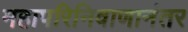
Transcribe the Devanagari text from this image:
महापरिनिवाणानंतर